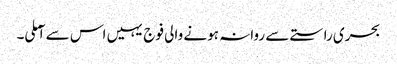
بحری راستے سے روانہ ہونے والی فوج یہیں اس سے آملی۔